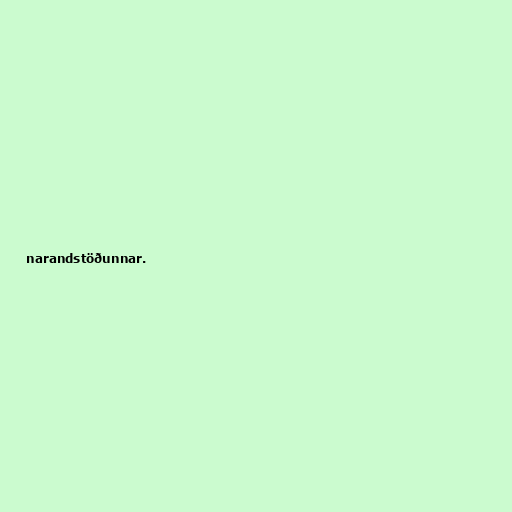
narandstöðunnar.